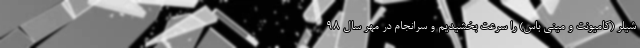
شیلر (کامیونت و مینی باس) را سرعت بخشیدیم و سرانجام در مهر سال ۹۸